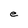
Character: e